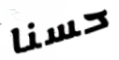
حسنا